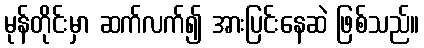
မုန်တိုင်းမှာ ဆက်လက်၍ အားပြင်းနေဆဲ ဖြစ်သည်။